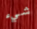
شيء